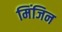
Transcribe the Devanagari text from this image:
मिंजिन